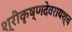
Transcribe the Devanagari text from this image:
श्रीकृष्णदेवरायश्च